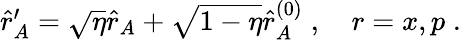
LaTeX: \begin{array}{r}{\hat{r}_{A}^{\prime}=\sqrt{\eta}\hat{r}_{A}+\sqrt{1-\eta}\hat{r}_{A}^{(0)}\; ,\quad r=x,p\; .}\end{array}